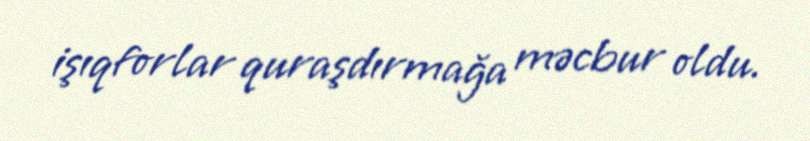
işıqforlar quraşdırmağa məcbur oldu.